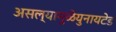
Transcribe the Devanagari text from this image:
असल्यामुळेयुनायटेड